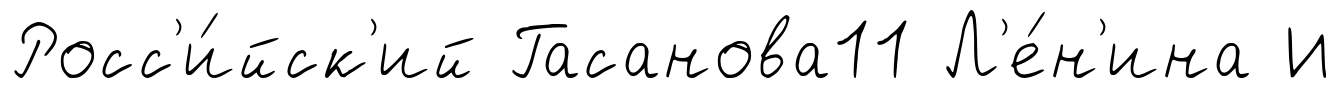
Росс'и́йск'ий Гасанова11 Л'е́н'ина И